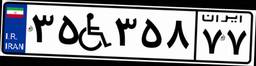
۳۵W۳۵۸۷۷